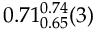
0 . 7 1 _ { 0 . 6 5 } ^ { 0 . 7 4 } ( 3 )